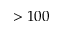
> 1 0 0